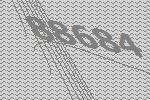
88684